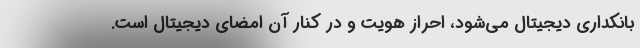
بانکداری دیجیتال می‌شود، احراز هویت و در کنار آن امضای دیجیتال است.